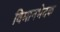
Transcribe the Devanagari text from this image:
विमानभेदक